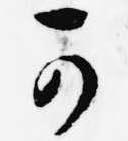
可